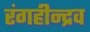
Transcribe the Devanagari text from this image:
रंगहीन्द्रव